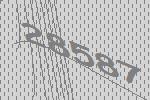
28587